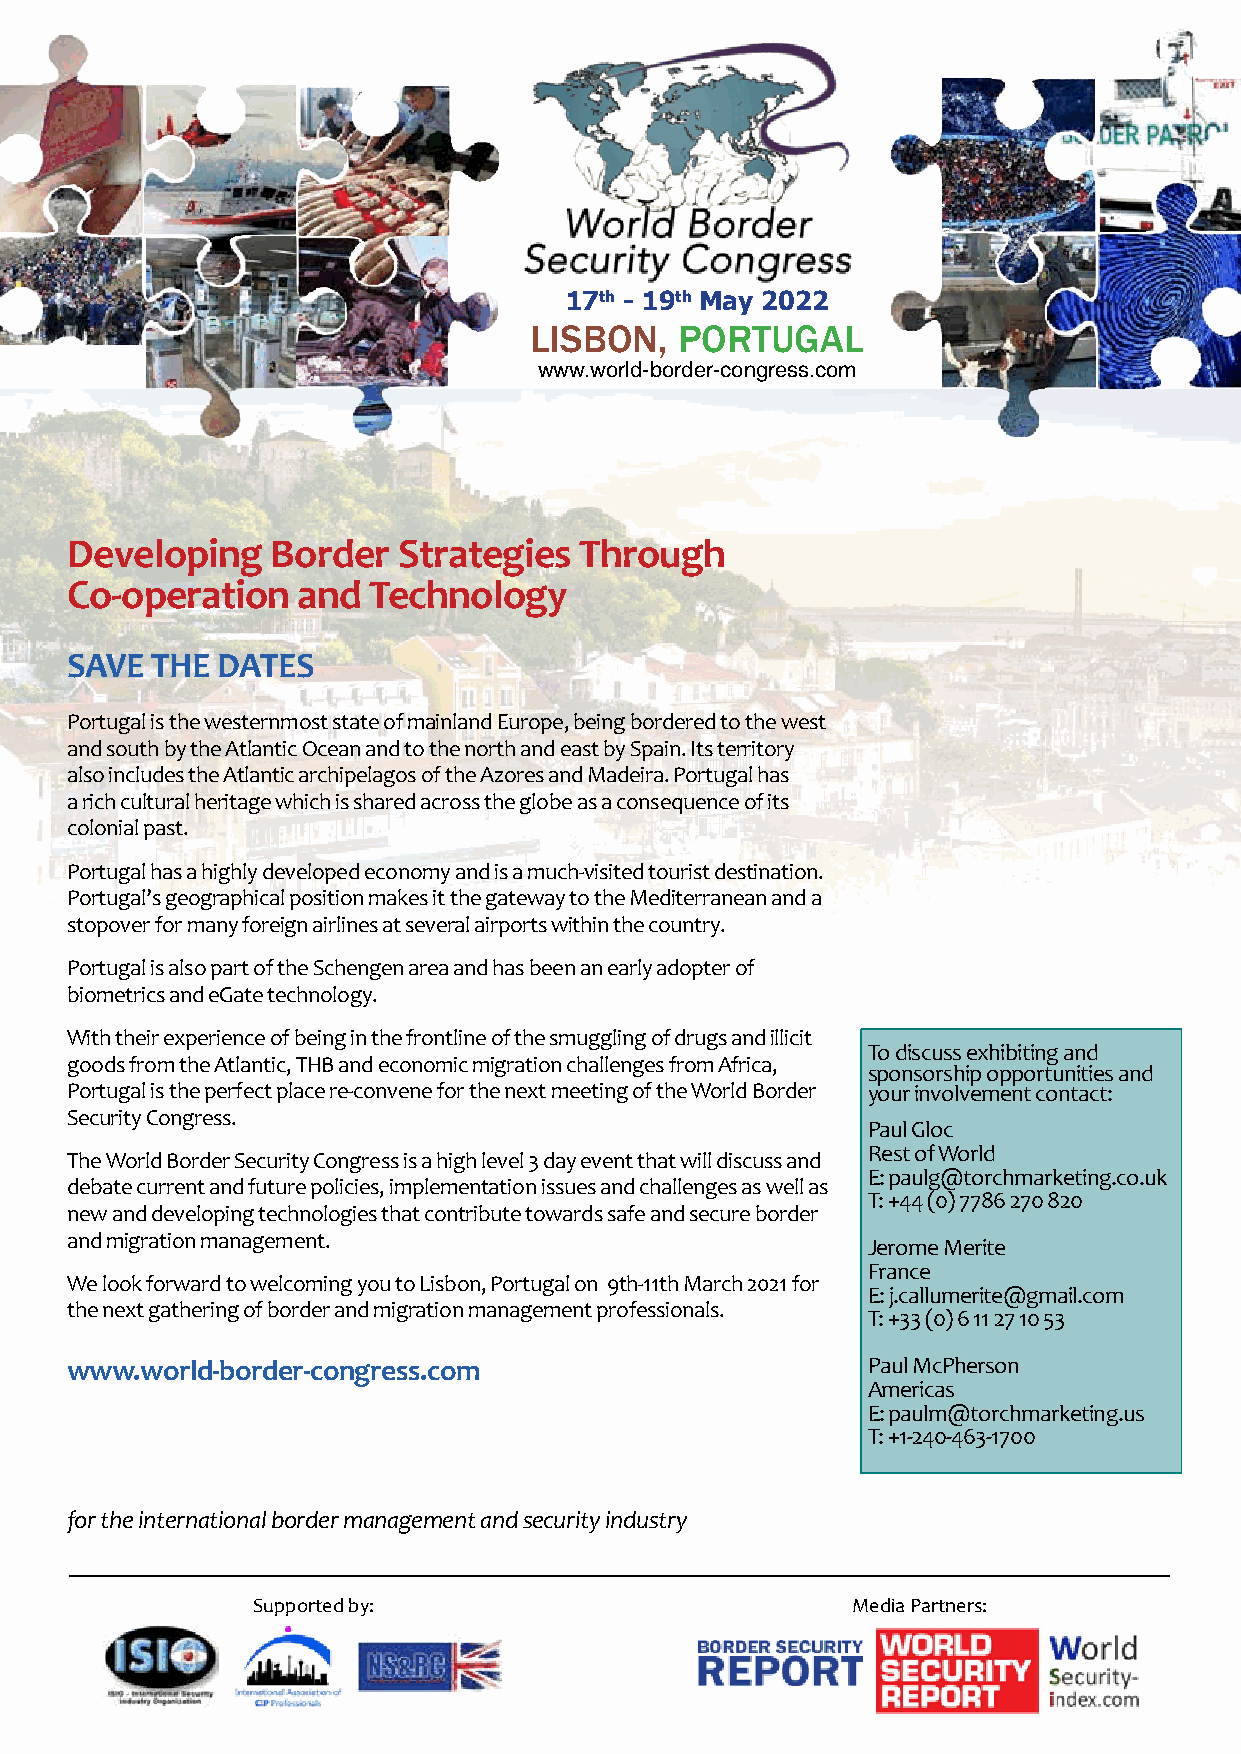
17th - 19th May 2022
 LISBON,   PORTUGAL
 www.world-border-congress.com
 Developing    Border  Strategies  Through
 Co-operation    and Technology
 SAVE  THE DATES
 Portugal is the westernmost state of mainland Europe, being bordered to the west
 and south by the Atlantic Ocean and to the north and east by Spain. Its territory
 also includes the Atlantic archipelagos of the Azores and Madeira. Portugal has
 a rich cultural heritage which is shared across the globe as a consequence of its
 colonial past.
 Portugal has a highly developed economy and is a much-visited tourist destination.
 Portugal’s geographical position makes it the gateway to the Mediterranean and a
 stopover for many foreign airlines at several airports within the country.
 Portugal is also part of the Schengen area and has been an early adopter of
 biometrics and eGate technology.
 With their experience of being in the frontline of the smuggling of drugs and illicit
 To discuss exhibiting and
 goods from the Atlantic, THB and economic migration challenges from Africa,
 sponsorship opportunities and
 Portugal is the perfect place re-convene for the next meeting of the World Border your involvement contact:
 Security Congress.
 Paul Gloc
 Rest of World
 The World Border Security Congress is a high level 3 day event that will discuss and
 E: paulg@torchmarketing.co.uk
 debate current and future policies, implementation issues and challenges as well as
 T: +44 (0) 7786 270 820
 new and developing technologies that contribute towards safe and secure border
 and migration management.
 Jerome Merite
 France
 We look forward to welcoming you to Lisbon, Portugal on 9th-11th March 2021 for
 E: j.callumerite@gmail.com
 the next gathering of border and migration management professionals.
 T: +33 (0) 6 11 27 10 53
 www.world-border-congress.com                        Paul McPherson
 Americas
 E: paulm@torchmarketing.us
 T: +1-240-463-1700
 for the international border management and security industry
 Supported by:                          Media Partners:
 WBSC2022 STD A4 Advert.indd 1                                           10/09/2021 13:21:47